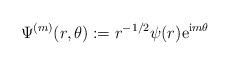
LaTeX: \begin{align*} \Psi^{(m)}(r, \theta): = r^{-1/2}\psi(r)\mathrm e^{\mathrm im\theta}\end{align*}